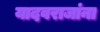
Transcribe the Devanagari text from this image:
यादवराजांना